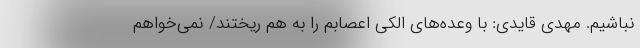
نباشیم. مهدی قایدی: با وعده‌های الکی اعصابم را به هم ریختند/ نمی‌خواهم